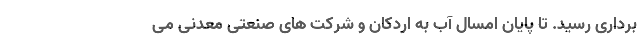
برداری رسید. تا پایان امسال آب به اردکان و شرکت های صنعتی معدنی می